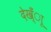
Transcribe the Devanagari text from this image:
देख्ँाू